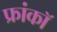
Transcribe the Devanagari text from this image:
फ्रांकॉ